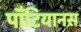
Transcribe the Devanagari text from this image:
पॉँटियानस